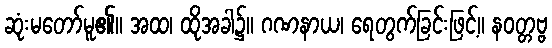
ဆုံးမတော်မူ၏။ အထ၊ ထိုအခါ၌။ ဂဏနာယ၊ ရေတွက်ခြင်းဖြင့်။ နဝတ္တဗ္ဗ